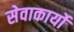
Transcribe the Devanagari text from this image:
सेवाकार्यो